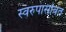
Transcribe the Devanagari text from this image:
स्वरुपासोबत